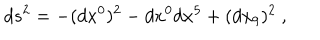
LaTeX: d s ^ { 2 } = - ( d x ^ { 0 } ) ^ { 2 } - d x ^ { 0 } d x ^ { 5 } + ( d x _ { 9 } ) ^ { 2 } \ ,